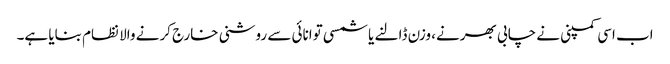
اب اسی کمپنی نے چابی بھرنے، وزن ڈالنے یا شمسی توانائی سے روشنی خارج کرنے والا نظام بنایا ہے۔